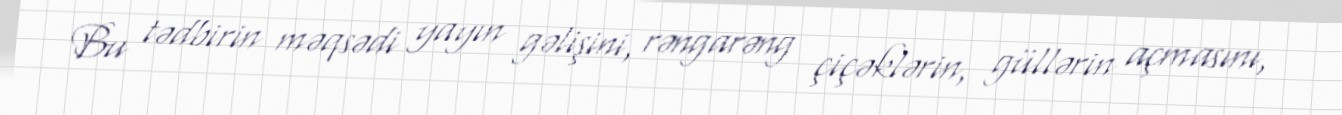
Bu tədbirin məqsədi yayın gəlişini, rəngarəng çiçəklərin, güllərin açmasını,